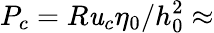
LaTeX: P_{c}=R\mathit{u}_{c}\eta_{0}/h_{0}^{2}\approx